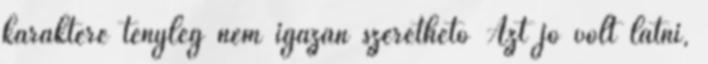
karaktere tényleg nem igazán szerethető Azt jó volt látni,